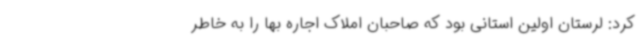
کرد: لرستان اولین استانی بود که صاحبان املاک اجاره بها را به خاطر